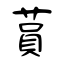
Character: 蒷